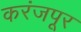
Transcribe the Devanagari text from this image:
करंजपूर